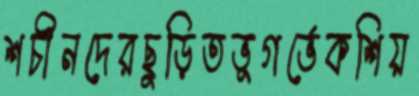
শচীনদেরছুড়িতভূগর্ভেকশিয়